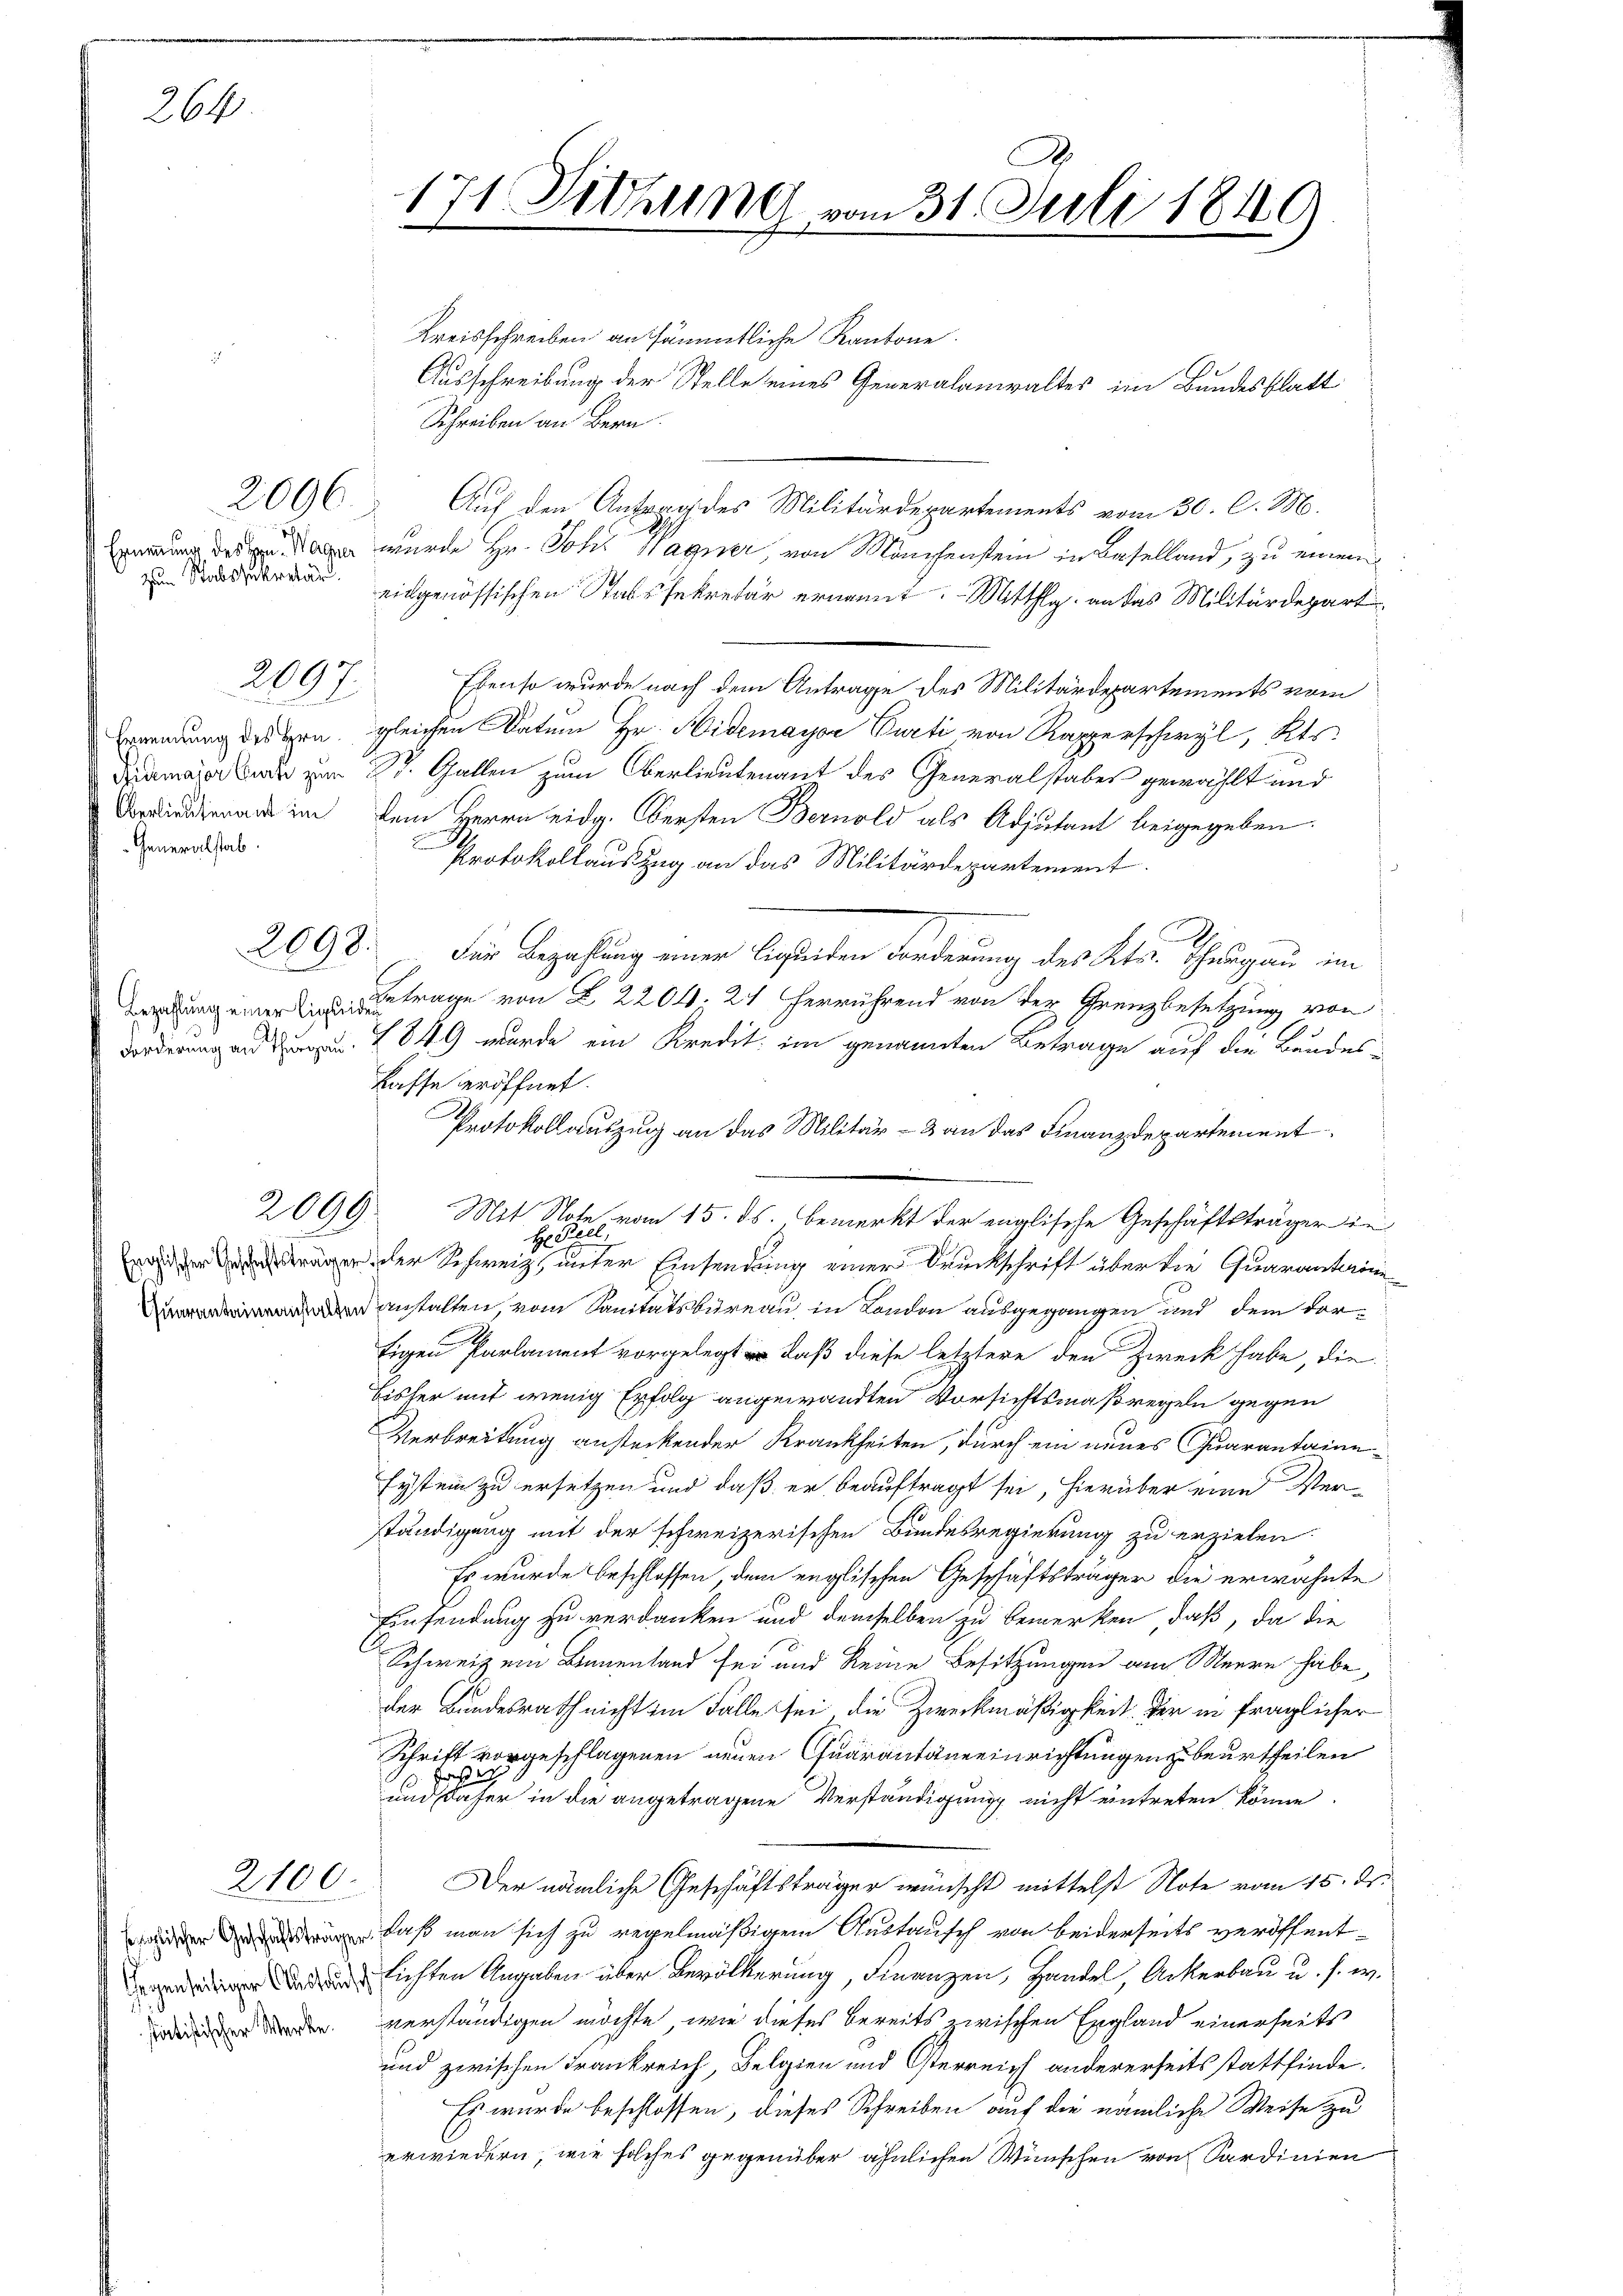
264

Zum Stabssekretär

2097.

.
Ernennung des Hrn.
Oberlieutenant im
Generalstab.

2698.

2099.

2100.

statistischer Werke.

171. Diehung vom 31. Juli 1849

Kreisschreiben an sämmtliche Kantone.
Ausschreibung der Stelle eines Generalanwalter im Bundesblatt
Schreiben an Bern
2096 Auf den Antrag des Militärdepartements vom 30. d. M.
 wurde Hr. Joh. Wagner von Manchenstein in Baselland, zu einem
eidgenössischen Stabssekretär ernannt. Mitthlg. an das Militärdepart
Ebenso wurde nach dem Antrage des Militärdepartements vom
gleichen Datum Hr. Aidemayor Parti von Rapperschwyl, Kts.
dramaser Bade von St. Gallen zum Oberlieutenant des Generalstabes gewählt und
dem Herrn eidg. Obersten Bernold als Adjutant beigegeben.
e
Protokollauszug an das Militärdepartement
Für Bezahlung einer Liquiden Forderung des Kts. Thurgau im
trage von § 2204. 24 herrührend von der Grenzbesetzung von
Forderung an u. 1849 wurde ein Kredit im genannten Betrage auf die Bundes-
Lasse eröffnet.
Protokollauszug an das Militär- & an das Finanzdepartement
Mit Note vom 15. ds. bemerkt der englische Geschäftsträger in
He ell
age der Schweiz, unter Einsendung einer Druckschrift über die Quarantarie
 anstalten, vom Sanitätsbüreau in London ausgegangen und dem dortigen Parlament vorgelegt wo daß diese letztere den Zweck habe, die
bisher mit wenig Erfolg angewandten Vorsichtsmaßregeln gegen
Verbreitung ansteckender Krankheiten, durch ein neues Quarantaine¬
Eystem zu ersetzen und daß er beauftragt sei, hierüber eine Verständigung mit der schweizerischen Bundesregierung zu erzielen
Es wurde beschlossen, dem englischen Geschäftsträger die erwähnte
Einsendung zu verdanken und demselben zu bemerken, daß, da die
Schweiz ein Binnenland sei und keine Besitzungen am Meere habe,
der Bundesrath nicht im Falle sei, die Zweckmäßigkeit der in fraglicher
Schrift vorgeschlagenen neuen Quarantaneinrichtungen zu beurtheilen
a
.
und daher in die angetragene Verständigung nicht eintreten könne.
Der nämliche Geschäftsträger wünscht mittelst Note vom 15. ds.
 daß man sich zu regelmäßigem Austausch von beiderseits veröffent¬
 lichten Angaben über Bevölkerung, Finanzen, Handel, Ackerbau u. s. w.
verständigen möchte, wie dieses bereits zwischen England einerseits
und zwischen Frankreich, Belgien und Osterreich andererseits stattfinde.
Es wurde beschlossen, dieses Schreiben auf die nämliche Weise zu
erwiedern, wie solches gegenüber ähnlichen Wünschen von Sardinien